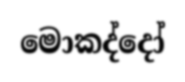
මොකද්දෝ